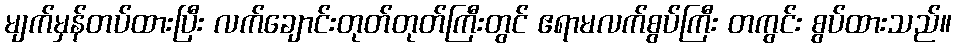
မျက်မှန်တပ်ထားပြီး လက်ချောင်းတုတ်တုတ်ကြီးတွင် ဧရာမလက်စွပ်ကြီး တကွင်း စွပ်ထားသည်။